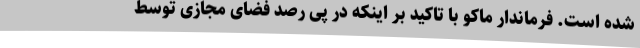
شده است. فرماندار ماکو با تاکید بر اینکه در پی رصد فضای مجازی توسط